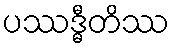
ပဿဒ္ဓီတိဿ